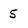
Character: 5